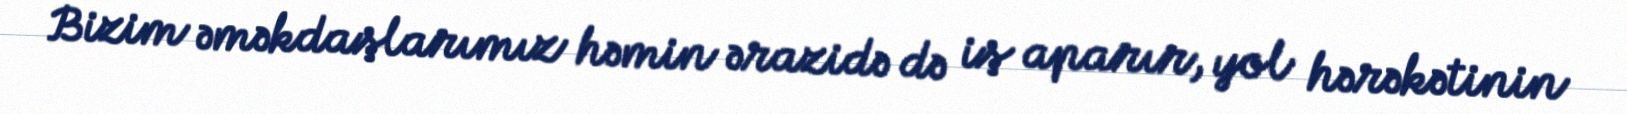
Bizim əməkdaşlarımız həmin ərazidə də iş aparır, yol hərəkətinin